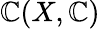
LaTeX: \mathbb{C}(X,\mathbb{{\mathbb{C}}})